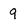
Character: 9